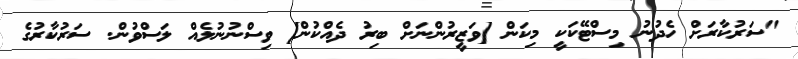
"ސަރުކާރަށް ހެދުނު މިސްޓޭކަކީ މިކަން [ވަޒީރުންނަށް ބިރު ދެއްކުން] ވިސްނުނުލެއް ލަސްވުން. ސަރުކާރުގެ